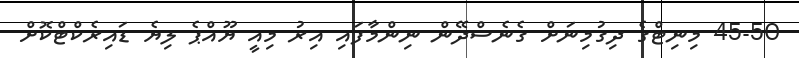
45-50 މިނިޓްގެ ދިގުމިނަށް ގެނެސްދޭން ނިންމާފައި އިރު މިއީ ޔޫއްޕެ ލިޔެ ޑައިރެކްޓްކޮށް